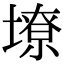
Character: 㙩